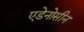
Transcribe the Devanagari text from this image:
एडेनोसीन